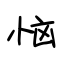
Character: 恼